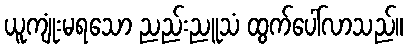
ယူကျုံးမရသော ညည်းညူသံ ထွက်ပေါ်လာသည်။